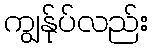
ကျွန်ုပ်လည်း